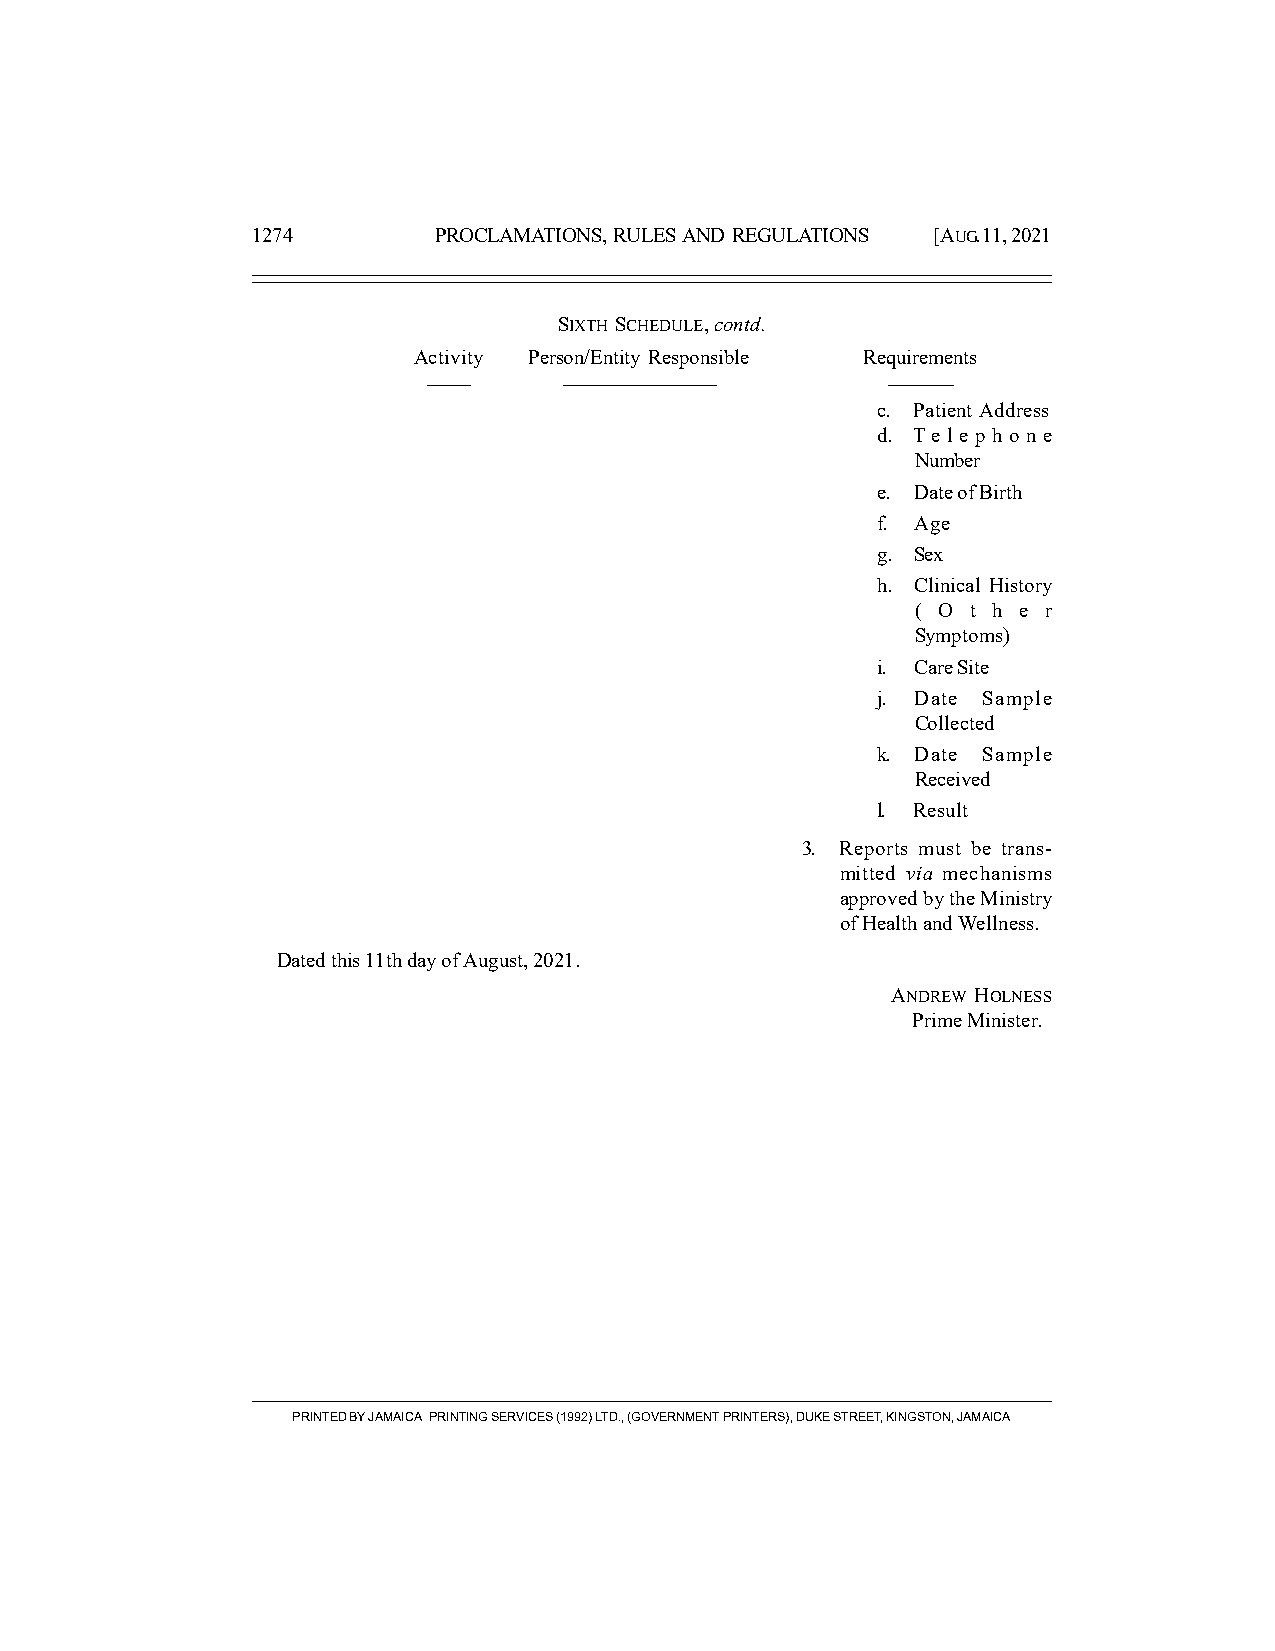
1274        PROCLAMATIONS, RULES AND REGULATIONS [AUG. 11, 2021
 SIXTH SCHEDULE, contd.
 Activity Person/Entity Responsible Requirements
 ––––     ––––––––––––––        ––––––
 c. Patient Address
 d. Te l e p h on e
 Number
 e. Date of Birth
 f. Age
 g. Sex
 h. Clinical History
 ( O t h e r
 Symptoms)
 i. Care Site
 j. Date Sample
 Collected
 k. Date Sample
 Received
 l. Result
 3. Reports must be trans-
 mitted via mechanisms
 approved by the Ministry
 of Health and Wellness.
 Dated this 11th day of August, 2021.
 ANDREW HOLNESS
 Prime Minister.
 PRINTED BY JAMAICA PRINTING SERVICES (1992) LTD., (GOVERNMENT PRINTERS), DUKE STREET, KINGSTON, JAMAICA